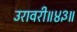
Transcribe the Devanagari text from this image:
उरावरी॥४३॥